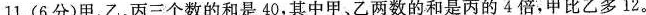
11.(6分)甲、乙、丙三个数的和是40，其中甲、乙两数的和是丙的4倍，甲比乙多12。